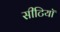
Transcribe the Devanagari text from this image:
सीटियाॅ